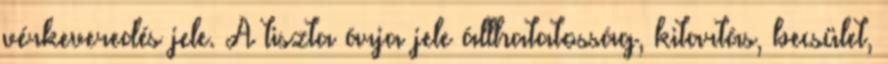
vérkeveredés jele. A tiszta árja jele állhatatosság, kitartás, becsület,